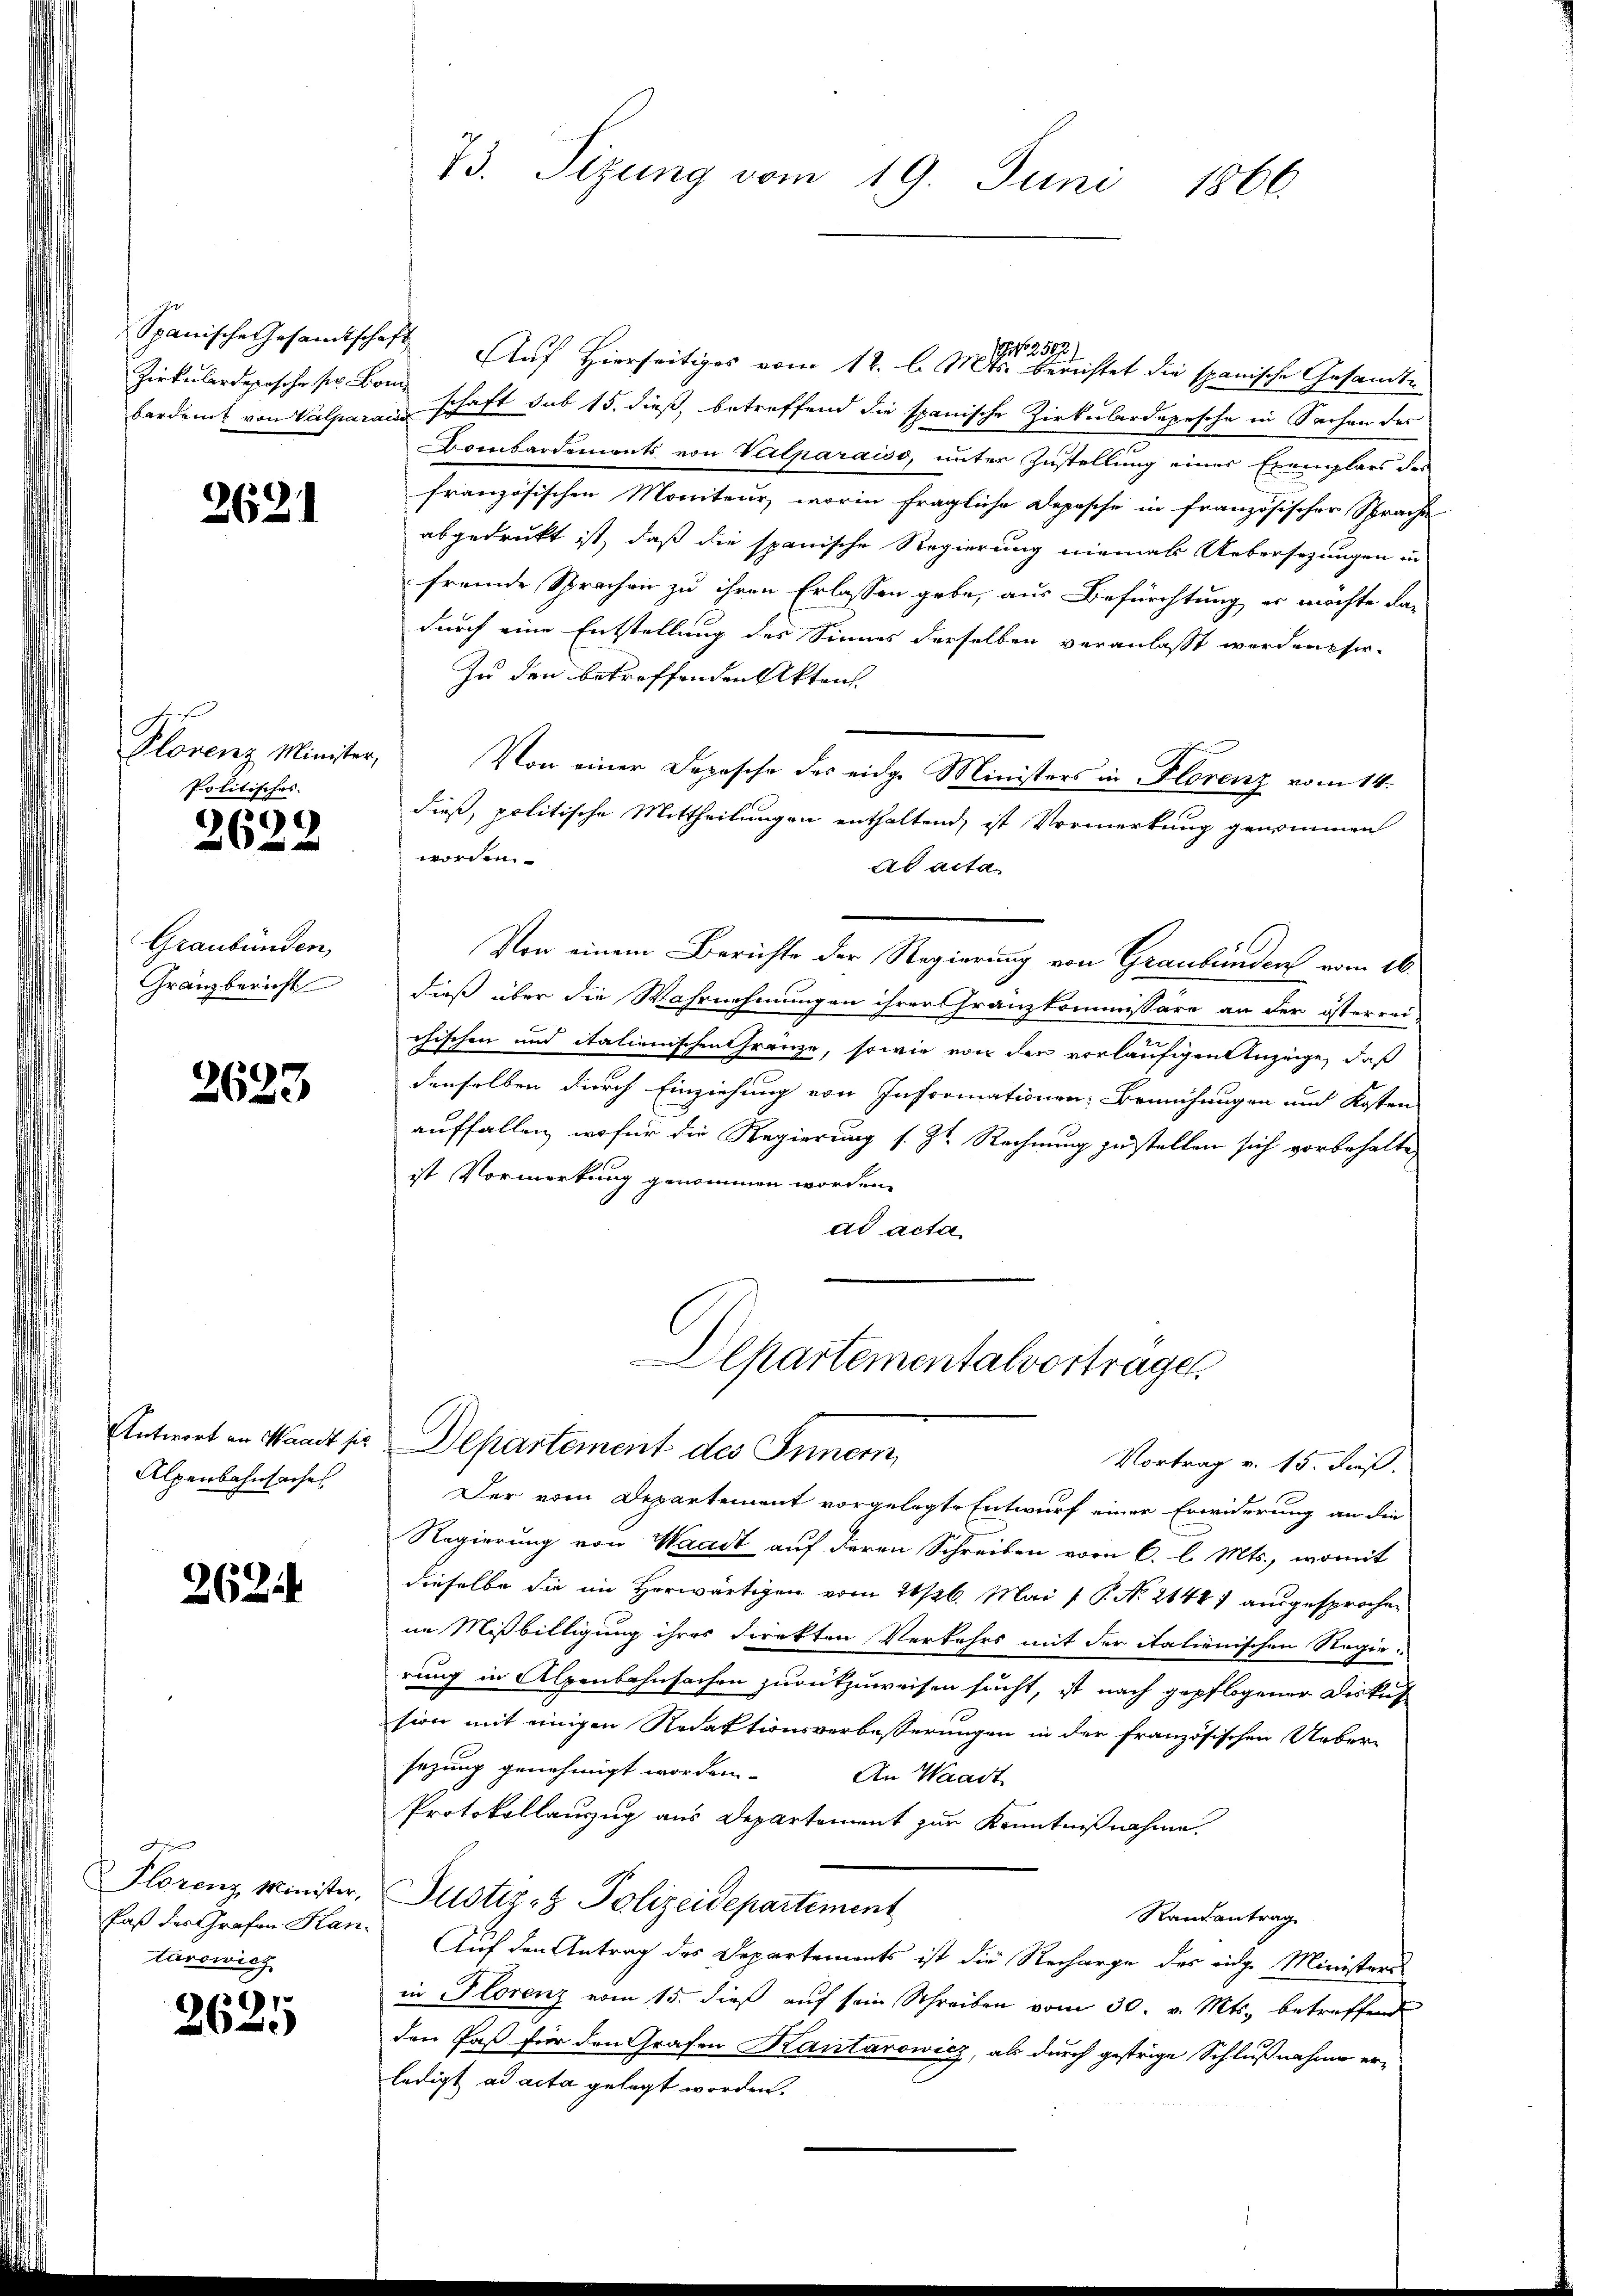
Zirkulardeposche sr. Bom

2621

Plorenz Minister,
Politisches.

2622

Graubünden,
Gränzbericht

3623

Antwort an Waadt sic
Alpenbahnsaches

2621.

s
Florenz Minister,
Faß der Grafen Han
tarowicz

2625

73. Sizung vom 19. Juni 1866.

Spanische Gesandtschaft Auf Hierseitiges vom 12. l. 11ten Berichtet die spanische Gesandti¬
¬
bardent von Valparain schaft sub 15. dieß, betreffend die spanische Zirkulardepesche in Sachen des
Bombardements von Valparaiso, unter Zustellung eines Exemplars des
französischen Moniteur, worin fragliche Depesche in französischer Sprache
abgedruckt ist, daß die spanische Regierung niemals Uebersezungen in
fremde Sprachen zu ihren Erlassen gebe, aus Befürchtung er möchte dan
durch eine Entstellung des Sinnes derselben veranlaßt werden sor-
Zu den betreffenden Akten.
Von einer Depesche des eidge Ministers in Florenz vom 14.
dieß, politische Mittheilungen enthaltend, ist Vormerkung genommen
worden.
ad acta
Von einem Berichte der Regierung von Graubünden vom 16.
dieß über die Wahrnehmungen ihrer Franzkommissäre an der österrei
chischen und italienischen Gränze, sowie von der vorläufigen Anzeige, daß
denselben durch Einziehung von Informationen: Bemühungen und Kosten
auffallen, wofür die Regierung s. Zt. Rechnung zu stellen sich vorbehalten
ist Vormerkung genommen worden.
ad acta
Departementalvertrages
Departement des Innern,
Vortrag v. 15. Fuß.
Der vom Departement vorgelegte Entwurf einer Erwiderung an die
Regierung von Waadt auf deren Schreiben vom 6. l. Mts., womit
dieselbe die im Herwärtigen vom 21/26. Mai / P. No. 21441 ausgesprochen
ne Mißbilligung ihres Direkten Verkehrs mit der italienischen Regie
rung in Alpenbahnfachen zurückzuweisen sucht, ist nach gepflogener Diskus
sion mit einigen Redaktionsverbeßerungen in der französischen Ueber-
sezung genehmigt worden.
An Waadt
Protokollauzug aus Departement zur Kenntnißnahme
Justiz- & Polizeidepartement
Randantrag
.Auf den Antrag des Departements ist die Recharge des eidge Ministeri
in Florenz vom 15. dieß auf sein Schreiben vom 30. v. Mts. betreffend
den Paß für den Grafen Kantorowicz, als durch gestrige Schlußnahme er-
ledigt ad acta gelegt worden.